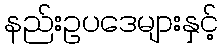
နည်းဥပဒေများနှင့်